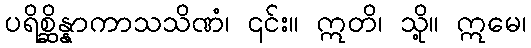
ပရိစ္ဆိန္နာကာသသိဏံ၊ ၎င်း။ ဣတိ၊ သို့။ ဣမေ၊